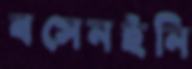
বসেনইনি